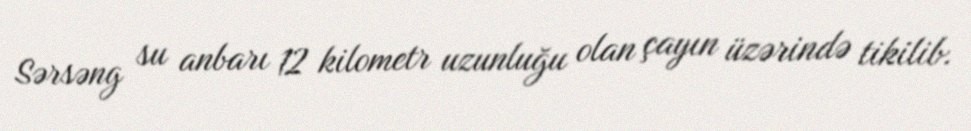
Sərsəng su anbarı 12 kilometr uzunluğu olan çayın üzərində tikilib.